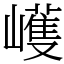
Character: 㠛